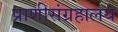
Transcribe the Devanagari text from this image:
प्राणीसंग्रहालय